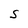
Character: S